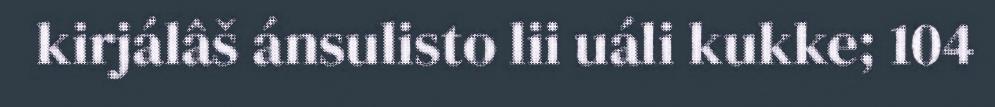
kirjálâš ánsulisto lii uáli kukke; 104